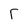
Character: r